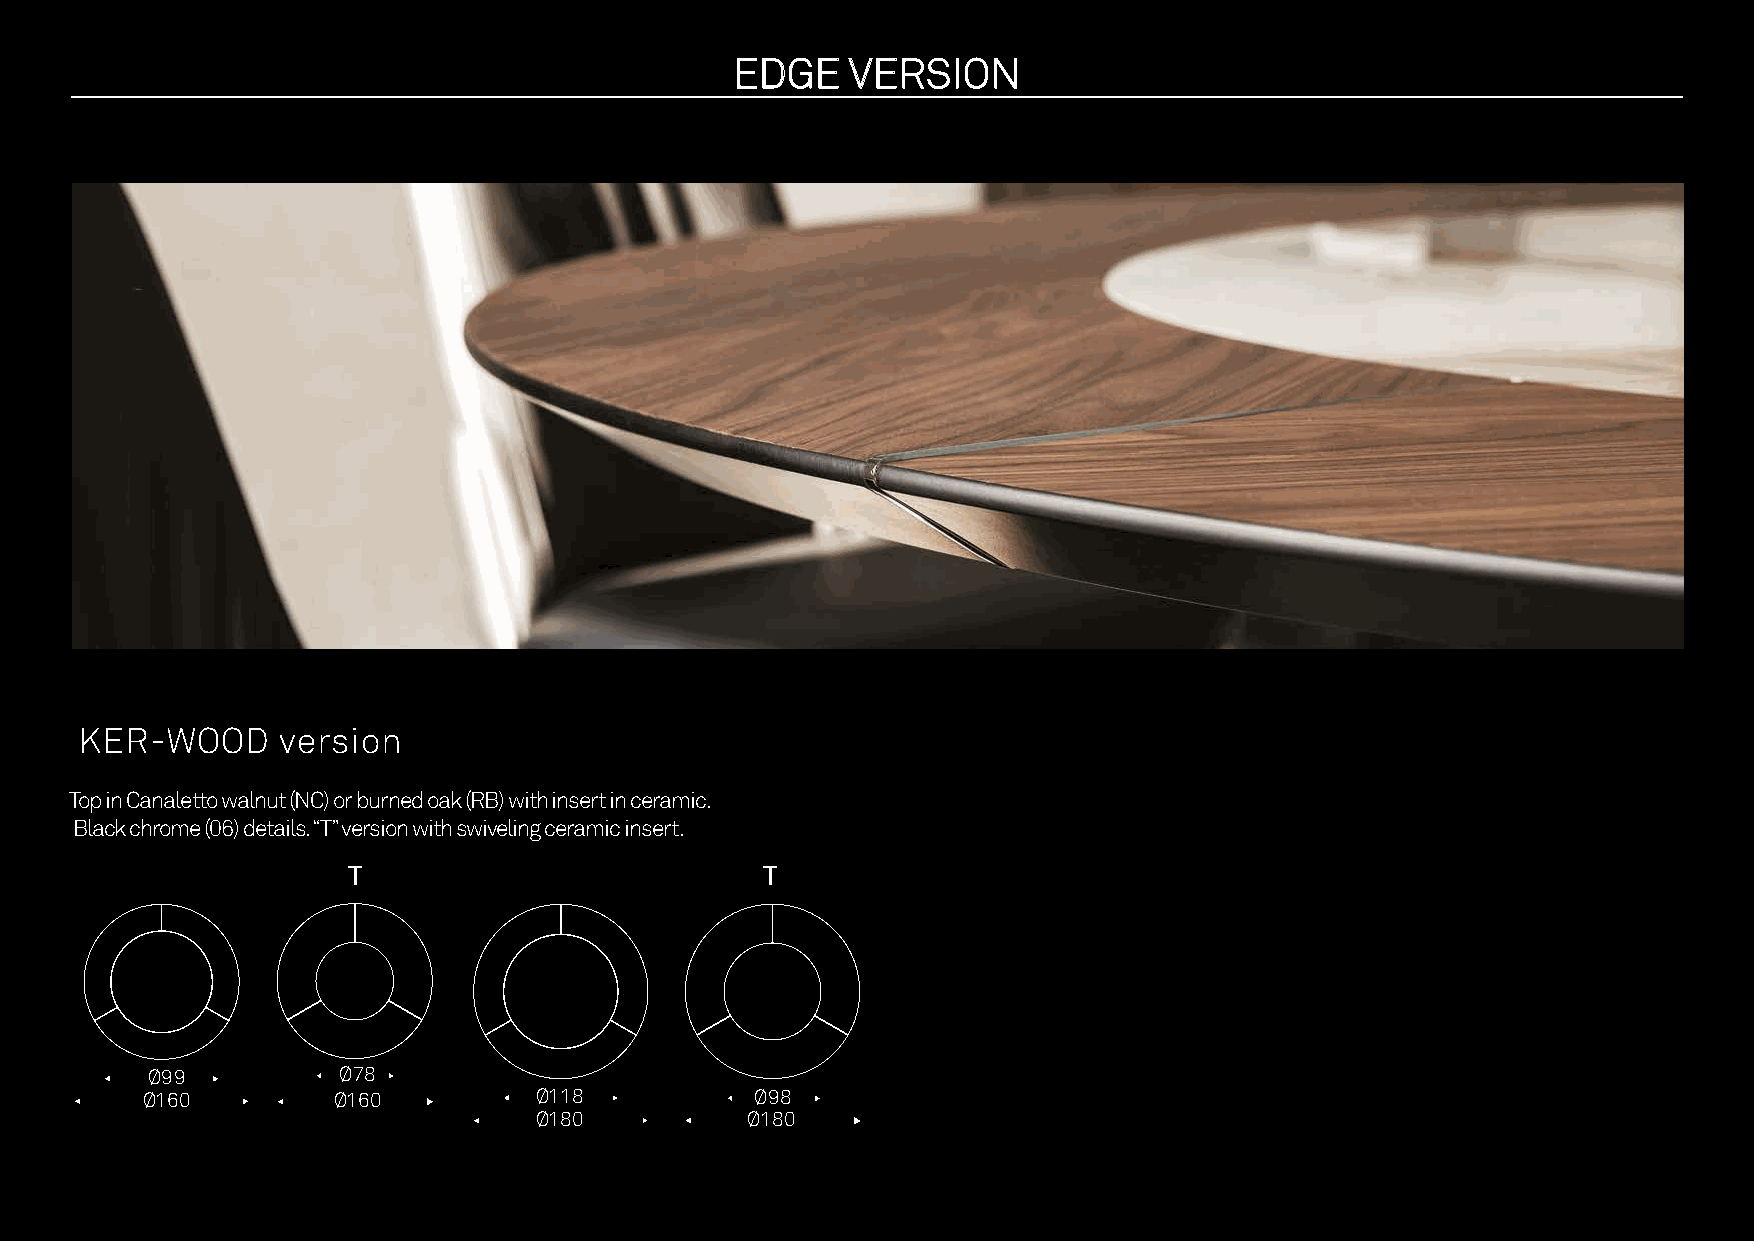
EEDDGGEE VVEERRSSIIOONN
 KER-WOOD     version
 Top in Canaletto walnut (NC) or burned oak (RB) with insert in ceramic.
 Black chrome (06) details. “T” version with swiveling ceramic insert.
 T                           T
 Ø99         Ø78
 Ø160         Ø160         Ø118           Ø98
 Ø180          Ø180